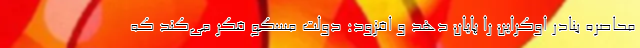
محاصره بنادر اوکراین را پایان دهد و افزود: دولت مسکو فکر می‌کند که